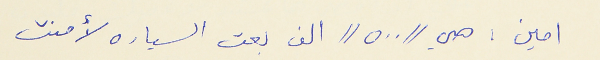
امين : هي "٥٠٠" الف بعت السياره لأمنت